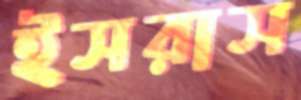
ইসরাস